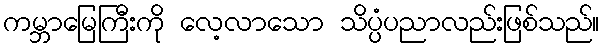
ကမ္ဘာမြေကြီးကို လေ့လာသော သိပ္ပံပညာလည်းဖြစ်သည်။